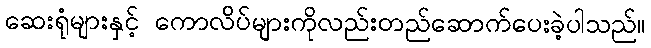
ဆေးရုံများနှင့် ကောလိပ်များကိုလည်းတည်ဆောက်ပေးခဲ့ပါသည်။